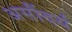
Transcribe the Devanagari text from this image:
असौंदर्य